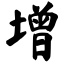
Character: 增